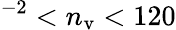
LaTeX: ^{-2}<n_{\mathrm{v}}<120